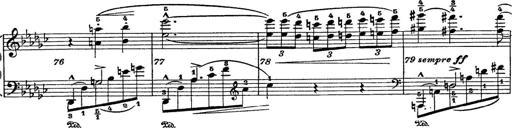
Title: 6 Polish Songs
Composer: Franz Liszt